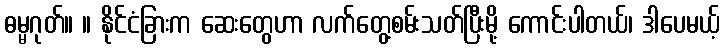
ဓမ္မဂုတ်။ ။ နိုင်ငံခြားက ဆေးတွေဟာ လက်တွေ့စမ်းသတ်ပြီးမို့ ကောင်းပါတယ်၊ ဒါပေမယ့်